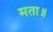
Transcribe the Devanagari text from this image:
मता॥